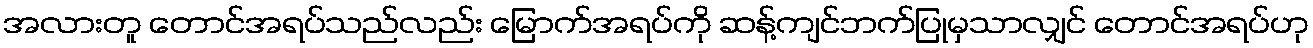
အလားတူ တောင်အရပ်သည်လည်း မြောက်အရပ်ကို ဆန့်ကျင်ဘက်ပြုမှသာလျှင် တောင်အရပ်ဟု